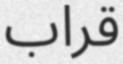
قراب